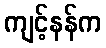
ကျင့်နန်က